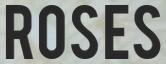
ROSES